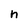
Character: n